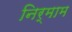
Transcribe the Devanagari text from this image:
निर्माम